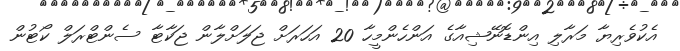
އެކުވެރިޔާ މަރާލި އިންޑޮނޭޝިއާގެ އަންހެންމީހާ 20 އަހަރަށް ޖަލަށްލާން ޖަކާޓާ ސެންޓްރަލް ކޯޓުން